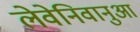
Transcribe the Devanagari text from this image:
लेवेनिवानुआ